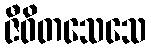
ဇီဝိတသေသေ